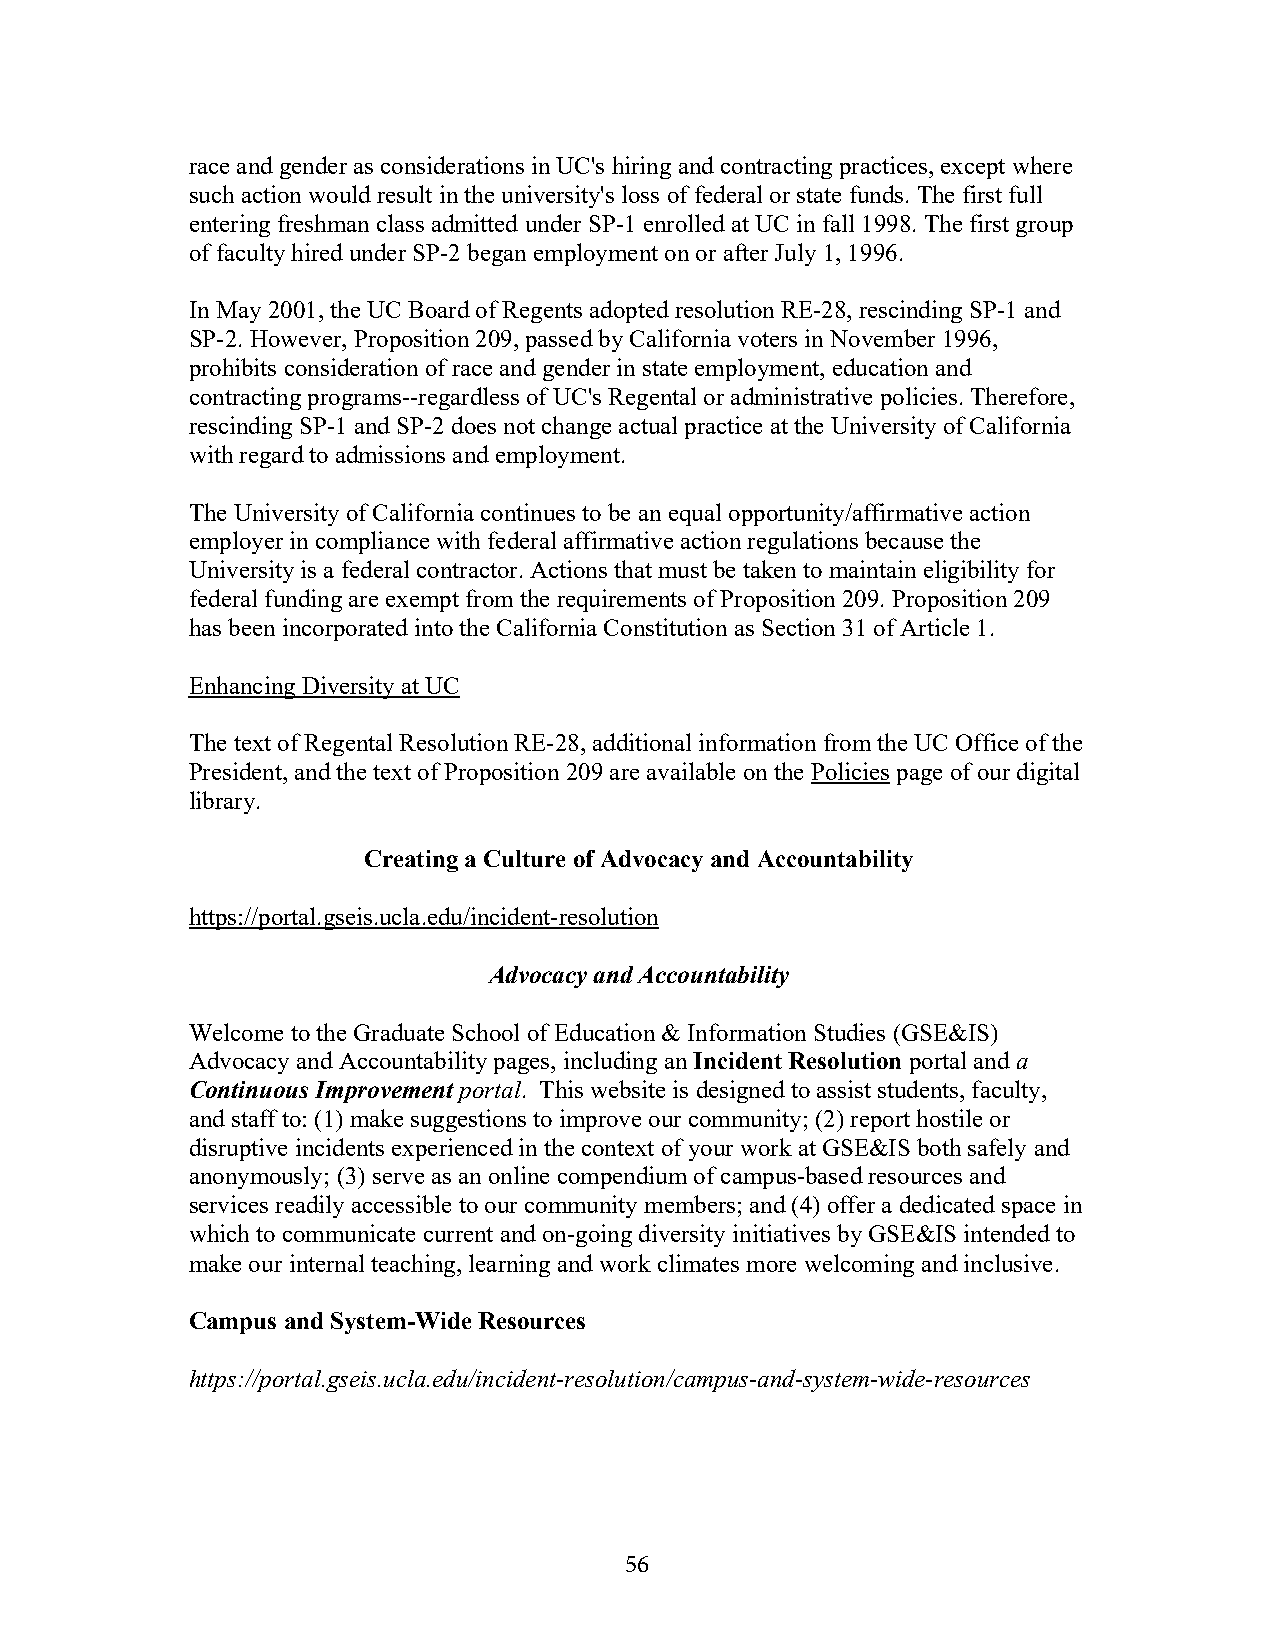
race and gender as considerations in UC's hiring and contracting practices, except where
 such action would result in the university's loss of federal or state funds. The first full
 entering freshman class admitted under SP-1 enrolled at UC in fall 1998. The first group
 of faculty hired under SP-2 began employment on or after July 1, 1996.
 In May 2001, the UC Board of Regents adopted resolution RE-28, rescinding SP-1 and
 SP-2. However, Proposition 209, passed by California voters in November 1996,
 prohibits consideration of race and gender in state employment, education and
 contracting programs--regardless of UC's Regental or administrative policies. Therefore,
 rescinding SP-1 and SP-2 does not change actual practice at the University of California
 with regard to admissions and employment.
 The University of California continues to be an equal opportunity/affirmative action
 employer in compliance with federal affirmative action regulations because the
 University is a federal contractor. Actions that must be taken to maintain eligibility for
 federal funding are exempt from the requirements of Proposition 209. Proposition 209
 has been incorporated into the California Constitution as Section 31 of Article 1.
 Enhancing Diversity at UC
 The text of Regental Resolution RE-28, additional information from the UC Office of the
 President, and the text of Proposition 209 are available on the Policies page of our digital
 library.
 Creating a Culture of Advocacy and Accountability
 https://portal.gseis.ucla.edu/incident-resolution
 Advocacy and Accountability
 Welcome to the Graduate School of Education & Information Studies (GSE&IS)
 Advocacy and Accountability pages, including an Incident Resolution portal and a
 Continuous Improvement portal. This website is designed to assist students, faculty,
 and staff to: (1) make suggestions to improve our community; (2) report hostile or
 disruptive incidents experienced in the context of your work at GSE&IS both safely and
 anonymously; (3) serve as an online compendium of campus-based resources and
 services readily accessible to our community members; and (4) offer a dedicated space in
 which to communicate current and on-going diversity initiatives by GSE&IS intended to
 make our internal teaching, learning and work climates more welcoming and inclusive.
 Campus and System-Wide Resources
 https://portal.gseis.ucla.edu/incident-resolution/campus-and-system-wide-resources
 56